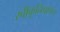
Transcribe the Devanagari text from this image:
स्वीकृतिप्रापत